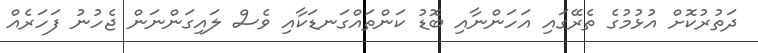
ދަތުރުކޮށް އުޅުމުގެ ތެރޭގައި އަހަންނާއި ބޮޑު ކަންތައްގަނޑަކާއި ވެސް ލައިގަންނަން ޖެހުނު ފަހަރެއް